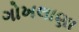
ગોખલાણા